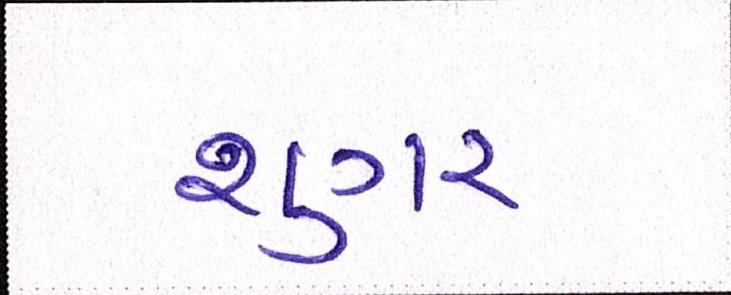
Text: શુગર